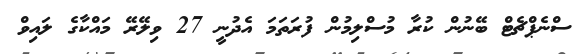
ސްނެޕްޗެޓް ބޭނުން ކުރާ މުސްލިމުން ފުރަތަމަ އެދުނީ 27 ވިލޭރޭ މައްކާގެ ލައިވް